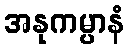
အနုကမ္ပာနံ